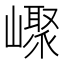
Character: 𡽨